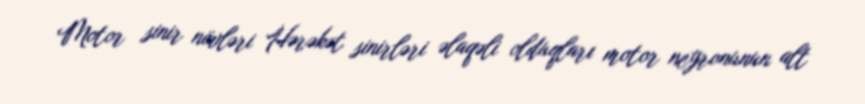
Motor sinir növləri Hərəkət sinirləri əlaqəli olduqları motor neyronunun alt